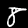
Label: 8